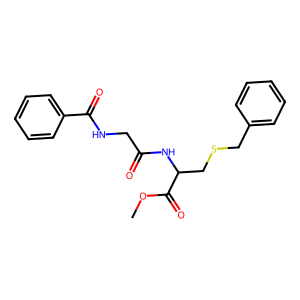
SMILES: COC(=O)C(CSCc1ccccc1)NC(=O)CNC(=O)c1ccccc1
Inhibits HIV replication: No